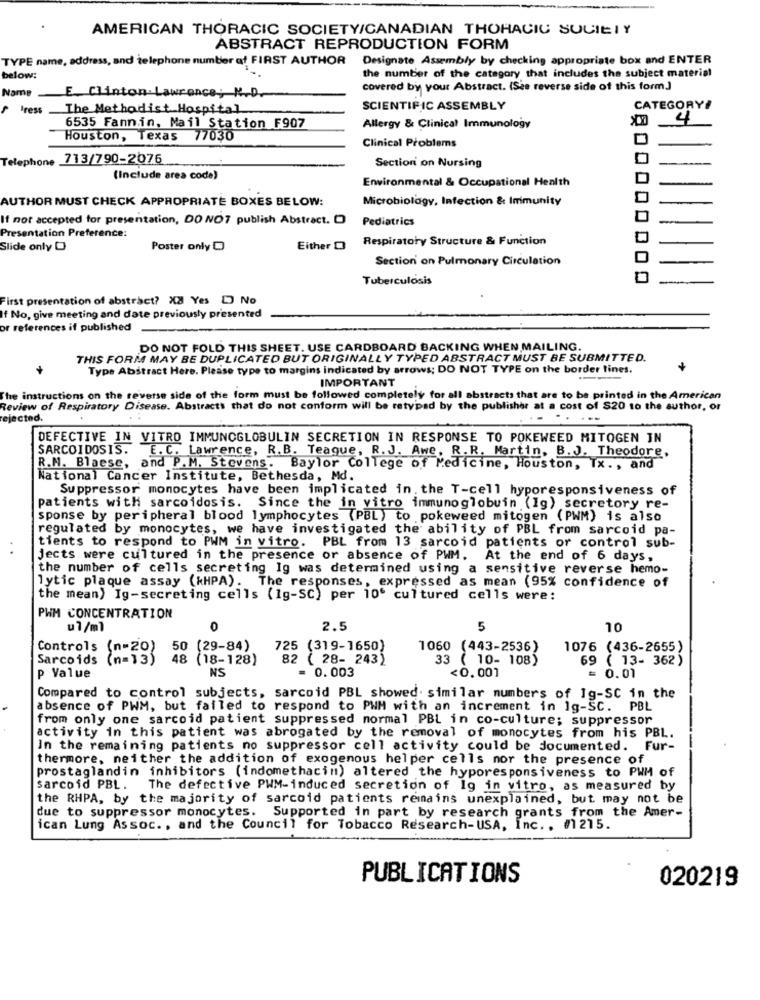
AMERICAN THORACIC SOCIETY/CANADIAN THORACIC SOCIETY
ABSTRACT REPRODUCTION FORM
TYPE name, address, and telephone number of FIRST AUTHOR Designate Assembly by checking appropriate box and ENTER
the number of the category that includes the subject material
below:
Name
covered by your Abstract. (See reverse side of this form.]
E_ Clinton Lawrence; M.D.
Press
The Methodist Hospital
SCIENTIFIC ASSEMBLY
CATEGORY!
4
6535 Fannin, Mail Station F907
Allergy & Clinical Immunology
Houston, Texas 77030
Clinical Problems
Telephone 713/790-2076
Section on Nursing
(Include area code)
Environmental & Occupational Health
AUTHOR MUST CHECK APPROPRIATE BOXES BELOW:
Microbiology, Infection & Immunity
If not accepted for presentation, DO NO7 publish Abstract. O
Pediatrics
Presentation Preference:
Respiratory Structure & Function
Slide only O
Poster only D
Either O
Section on Pulmonary Circulation
Tuberculosis
First presentation of abstract? XX Yes D No
If No, give meeting and date previously presented
or references if published
DO NOT FOLD THIS SHEET. USE CARDBOARD BACKING WHEN MAILING.
THIS FORM MAY BE DUPLICATED BUT ORIGINALLY TYPED ABSTRACT MUST BE SUBMITTED.
Type Abstract Here. Please type to margins indicated by arrows; DO NOT TYPE on the border lines.
+
IMPORTANT
The instructions on the reverse side of the form must be followed completely for all abstracts that are to be printed in the American
Review of Respiratory Disease. Abstracts that do not conform will be retypad by the publisher at a cost of S20 to the author, or
ejected.
.. .. ...
DEFECTIVE IN VITRO IMMUNOGLOBULIN SECRETION IN RESPONSE TO POKEWEED MITOGEN IN
SARCOIDOSIS. E. C. Lawrence, R.B. Teague, R.J. Awe, R.R. Martin, B.J. Theodore,
R.M. Blaese, and P.M. Stevens. Baylor College of Medicine, Houston, Tx ., and
National Cancer Institute, Bethesda, Md.
Suppressor monocytes have been implicated in. the T-cell hyporesponsiveness of
patients with sarcoidosis. Since the in vitro immunoglobuin (1g) secretory re-
sponse by peripheral blood lymphocytes (PBL) to pokeweed mitogen (PWM) is also
regulated by monocytes, we have investigated the ability of PBL from sarcoid pa-
tients to respond to PWM in vitro. PBL from 13 sarcoid patients or control sub-
Jects were cultured in the presence or absence of PWM, At the end of 6 days,
the number of cells secreting Ig was determined using a sensitive reverse hemo-
lytic plaque assay (kHPA). The responses, expressed as mean (95% confidence of
the mean) Ig-secreting cells (1g-SC) per 10' cultured cells were:
PWM CONCENTRATION
ul/ml
0
2.5
5
10
Controls (n=20)
50
(29-84)
725 (319-1650)
1060 (443-2536)
1076 (436-2655)
Sarcoids (n=13)
48 (18-128)
82 ( 28- 243)
33 ( 10- 108)
69 ( 13- 362)
NS
= 0.003
p Value
<0.001
= 0.01
Compared to control subjects, sarcoid PBL showed. similar numbers of Ig-SC in the
absence of PWM, but failed to respond to PWM with an increment in Ig-SC. PBL
from only one sarcoid patient suppressed normal PBL in co-culture; suppressor
activity in this patient was abrogated by the removal of monocytes from his PBL.
In the remaining patients no suppressor cell activity could be documented. Fur-
thermore, neither the addition of exogenous helper cells nor the presence of
prostaglandin inhibitors (indomethacin) altered the hyporesponsiveness to PWM of
sarcoid PBL. The defective PWM-induced secretion of Ig in vitro, as measured by
the RHPA, by the majority of sarcoid patients remains unexplained, but may not be
due to suppressor monocytes. Supported in part by research grants from the Amer-
ican Lung Assoc. , and the Council for Tobacco Research-USA, Inc .. #1215.
PUBLICATIONS
020219